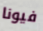
فيونا